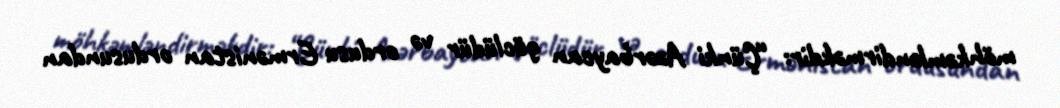
möhkəmləndirməkdir: “Çünki Azərbaycan güclüdür və ordusu Ermənistan ordusundan